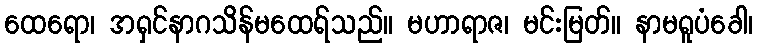
ထေရော၊ အရှင်နာဂသိန်မထေရ်သည်။ မဟာရာဇ၊ မင်းမြတ်။ နာမရူပံခေါ၊